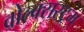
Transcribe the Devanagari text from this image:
वोल्क्सस्ट्रम